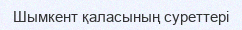
Шымкент қаласының суреттері